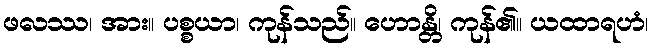
ဖလဿ၊ အား။ ပစ္စယာ၊ ကုန်သည်။ ဟောန္တိ၊ ကုန်၏။ ယထာရဟံ၊